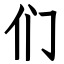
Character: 们